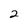
Character: 2